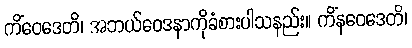
ကိံဝေဒေတိ၊ အဘယ်ဝေဒနာကိုခံစားပါသနည်း။ ကိံနဝေဒေတိ၊